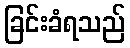
ခြင်းခံရသည်